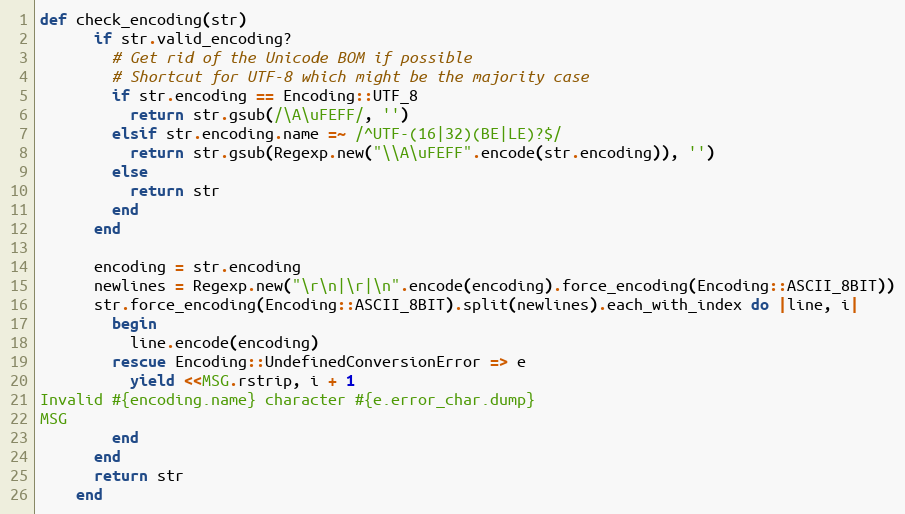
Language: Ruby
def check_encoding(str)
      if str.valid_encoding?
        # Get rid of the Unicode BOM if possible
        # Shortcut for UTF-8 which might be the majority case
        if str.encoding == Encoding::UTF_8
          return str.gsub(/\A\uFEFF/, '')
        elsif str.encoding.name =~ /^UTF-(16|32)(BE|LE)?$/
          return str.gsub(Regexp.new("\\A\uFEFF".encode(str.encoding)), '')
        else
          return str
        end
      end

      encoding = str.encoding
      newlines = Regexp.new("\r\n|\r|\n".encode(encoding).force_encoding(Encoding::ASCII_8BIT))
      str.force_encoding(Encoding::ASCII_8BIT).split(newlines).each_with_index do |line, i|
        begin
          line.encode(encoding)
        rescue Encoding::UndefinedConversionError => e
          yield <<MSG.rstrip, i + 1
Invalid #{encoding.name} character #{e.error_char.dump}
MSG
        end
      end
      return str
    end